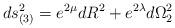
LaTeX: \begin{align*}ds_{(3)}^{2} = e^{2\mu} dR^{2} + e^{2\lambda} d{\Omega}^{2}_{2}\end{align*}